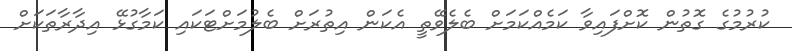
ކުރުމުގެ ގޮތުން ކޮށްފައިވާ ކަމެއްކަމަށް ބެލެވޭތީ އެކަން އިތުރަށް ބެލުމަށްޓަކައި ކަމާގުޅޭ އިދާރާތަކަށް